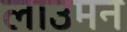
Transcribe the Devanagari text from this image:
लाउमन